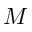
{ \cal M }